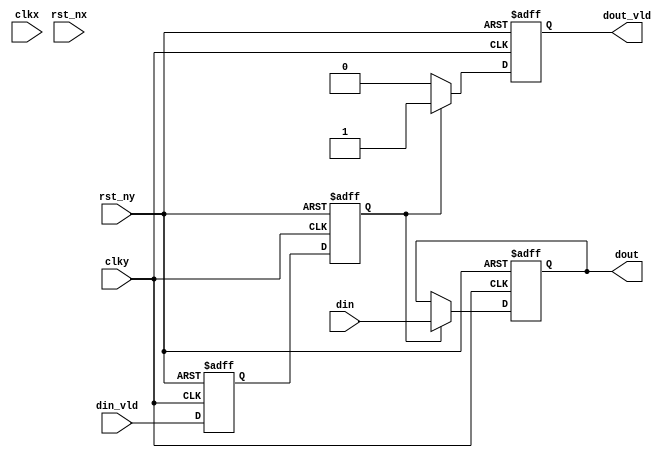
module handshake #(
    parameter DATA_WIDTH = 8
)(
    input                           clkx,
    input                           rst_nx,
    input                           clky,
    input                           rst_ny,

    input   [DATA_WIDTH-1:0]        din,
    input                           din_vld,
    output  reg [DATA_WIDTH-1:0]    dout,
    output  reg                     dout_vld
);

// din_vld5clkx

(*async_reg = "true"*)reg     din_vld_reg1;
reg     din_vld_reg2;
always @(posedge clky or negedge rst_ny) begin
    if(!rst_ny) begin
        din_vld_reg1 <= 1'b0;
        din_vld_reg2 <= 1'b0;
    end else begin
        din_vld_reg1 <= din_vld;
        din_vld_reg2 <= din_vld_reg1;
    end
end

always @(posedge clky or negedge rst_ny) begin
    if(!rst_ny) begin
        dout <= 'd0;
        dout_vld <= 1'b0;
    end else if(din_vld_reg2) begin
        dout <= din;
        dout_vld <= 1'b1;
    end else begin
        dout <= dout;
        dout_vld <= 1'b0;
    end
end

(*async_reg = "true"*) reg  dout_vld_reg1;
reg     dout_vld_reg2;
always @(posedge clkx or negedge rst_nx) begin
    if(!rst_nx) begin
        dout_vld_reg1 <= 1'b0;
        dout_vld_reg2 <= 1'b0;
    end else begin
        dout_vld_reg1 <= dout_vld;
        dout_vld_reg2 <= dout_vld_reg1;
    end
end

endmodule